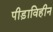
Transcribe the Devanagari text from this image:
पीड़ाविहीन